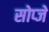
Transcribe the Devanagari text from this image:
सोप्जे